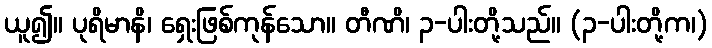
ယူ၍။ ပုရိမာနိ၊ ရှေးဖြစ်ကုန်သော။ တီဏိ၊ ၃-ပါးတို့သည်။ (၃-ပါးတို့က၊)